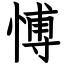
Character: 愽